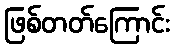
ဖြစ်တတ်ကြောင်း